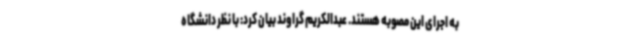
به اجرای این مصوبه هستند. عبدالکریم گراوند بیان کرد: با نظر دانشگاه